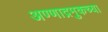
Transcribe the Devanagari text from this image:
अण्णाद्रमुकच्या